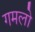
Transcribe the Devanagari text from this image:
गमलो